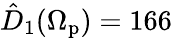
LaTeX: \hat{D}_{1}(\Omega_{\mathrm{p}})=166